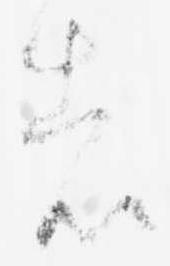
者